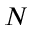
N